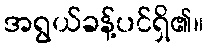
အရွယ်ခန့်ပင်ရှိ၏။